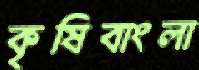
কৃষিবাংলা